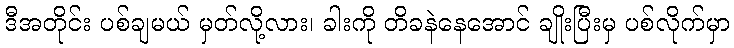
ဒီအတိုင်း ပစ်ချမယ် မှတ်လို့လား၊ ခါးကို တိခနဲနေအောင် ချိုးပြီးမှ ပစ်လိုက်မှာ